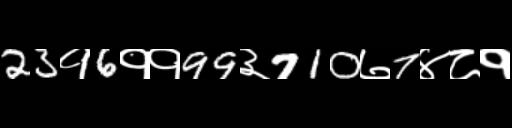
Text: 23१6११99३710७7४८१